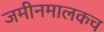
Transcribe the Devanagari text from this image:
जमीनमालकच